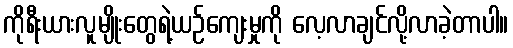
ကိုရီးယားလူမျိုးတွေရဲ့ယဉ်ကျေးမှုကို လေ့လာချင်လို့လာခဲ့တာပါ။